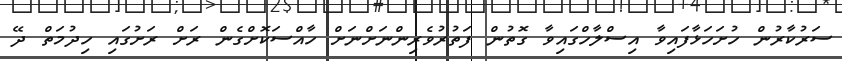
ސަރުކާރުން ހުށަހަޅާފައިވާ އިސްލާހްގައިވާ ގޮތުން ފަތުރުވެރިންނަށްނަށް ހާއްސަކޮށްގެން ރަށް ރަށުގައި ހިދުމަތް ދޭ